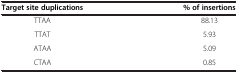
<table><thead><tr><td><b>Target site duplications</b></td><td><b>% of insertions</b></td></tr></thead><tbody><tr><td>TTAA</td><td>88.13</td></tr><tr><td>TTAT</td><td>5.93</td></tr><tr><td>ATAA</td><td>5.09</td></tr><tr><td>CTAA</td><td>0.85</td></tr></tbody></table>